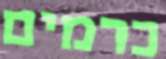
כרמים